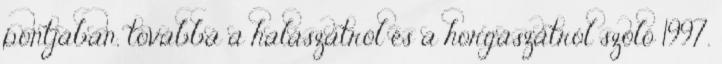
pontjában, továbbá a halászatról és a horgászatról szóló 1997.